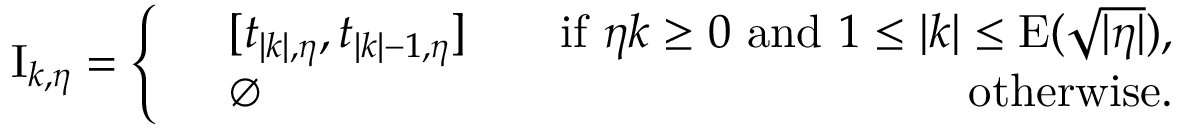
\begin{array} { r } { \mathrm { I } _ { k , \eta } = \left\{ \begin{array} { r l r } & { [ t _ { | k | , \eta } , t _ { | k | - 1 , \eta } ] \quad } & { \mathrm { i f } \ \eta k \geq 0 \ \mathrm { a n d ~ } 1 \leq | k | \leq \mathrm { E } ( \sqrt { | \eta | } ) , } \\ & { \emptyset \quad } & { \mathrm { o t h e r w i s e } . } \end{array} \right. } \end{array}